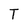
Character: T